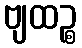
ဗျထဉ္စ